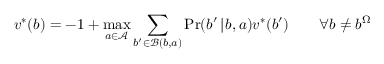
v ^ { * } ( b ) = - 1 + \operatorname* { m a x } _ { a \in \mathcal { A } } \sum _ { b ^ { \prime } \in \mathcal { B } ( b , a ) } \operatorname* { P r } ( b ^ { \prime } \! \mid \! b , a ) v ^ { * } ( b ^ { \prime } ) \qquad \forall b \neq b ^ { \Omega }